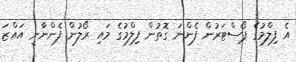
އެ ފިލްމުގެ ޕޯސްޓަރުން ފެންނަ ގޮތުން ފިލްމުގެ މައި ރޯލުން ފެންނާނީ އައްޒަ